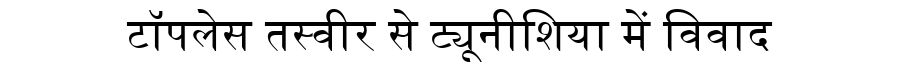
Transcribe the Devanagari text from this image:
टॉपलेस तस्वीर से ट्यूनीशिया में विवाद